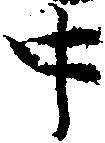
中